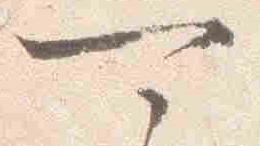
可